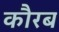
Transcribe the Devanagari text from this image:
कौरब